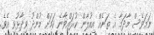
ނަމަވެސް މާދަމާ އެ ތަނެއް އިއުލާން ކުރައްވާނެ ކަމަށް މުންދު ވިދާޅުވި އެވެ.